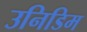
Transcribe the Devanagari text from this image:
उनिडिम